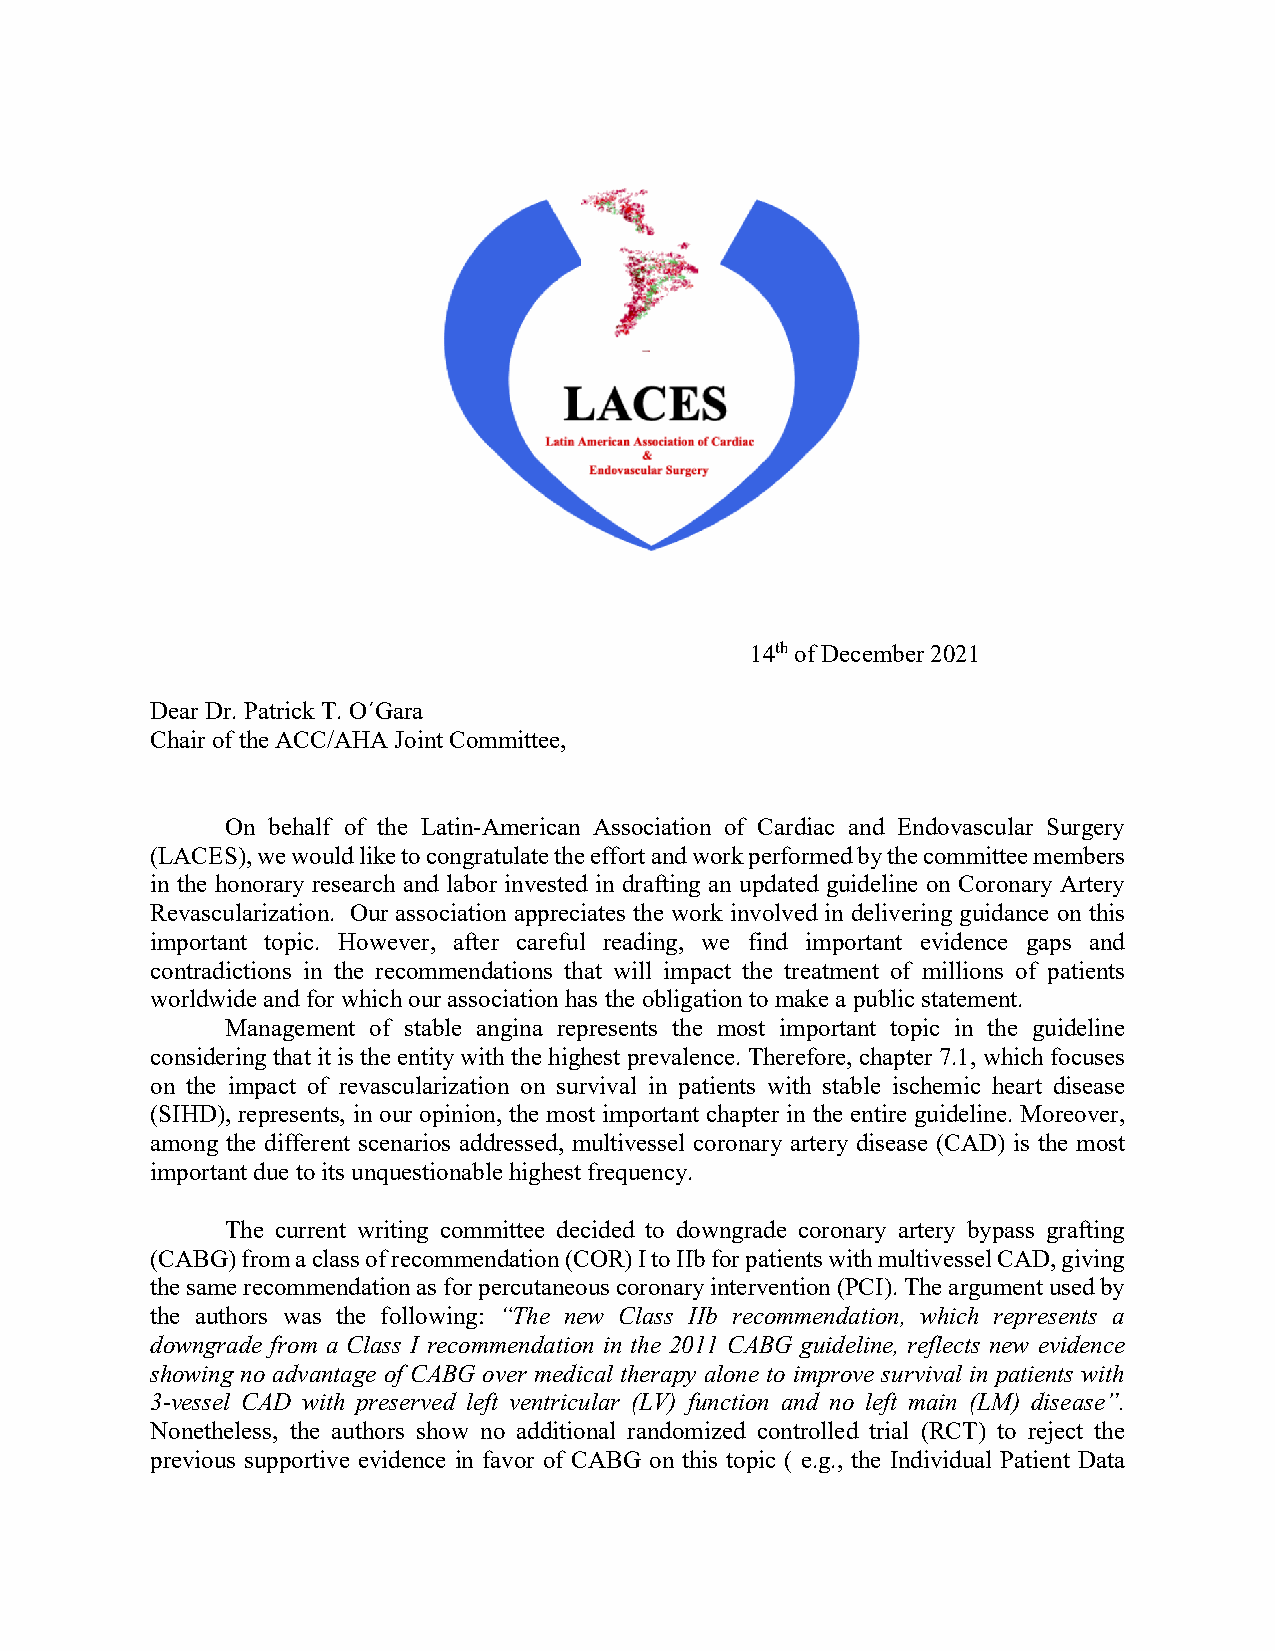
14th of December 2021
 Dear Dr. Patrick T. O´Gara
 Chair of the ACC/AHA Joint Committee,
 On behalf of the Latin-American Association of Cardiac and Endovascular Surgery
 (LACES), we would like to congratulate the effort and work performed by the committee members
 in the honorary research and labor invested in drafting an updated guideline on Coronary Artery
 Revascularization. Our association appreciates the work involved in delivering guidance on this
 important topic. However, after careful reading, we find important evidence gaps and
 contradictions in the recommendations that will impact the treatment of millions of patients
 worldwide and for which our association has the obligation to make a public statement.
 Management of stable angina represents the most important topic in the guideline
 considering that it is the entity with the highest prevalence. Therefore, chapter 7.1, which focuses
 on the impact of revascularization on survival in patients with stable ischemic heart disease
 (SIHD), represents, in our opinion, the most important chapter in the entire guideline. Moreover,
 among the different scenarios addressed, multivessel coronary artery disease (CAD) is the most
 important due to its unquestionable highest frequency.
 The current writing committee decided to downgrade coronary artery bypass grafting
 (CABG) from a class of recommendation (COR) I to IIb for patients with multivessel CAD, giving
 the same recommendation as for percutaneous coronary intervention (PCI). The argument used by
 the authors was the following: “The new Class IIb recommendation, which represents a
 downgrade from a Class I recommendation in the 2011 CABG guideline, reflects new evidence
 showing no advantage of CABG over medical therapy alone to improve survival in patients with
 3-vessel CAD with preserved left ventricular (LV) function and no left main (LM) disease”.
 Nonetheless, the authors show no additional randomized controlled trial (RCT) to reject the
 previous supportive evidence in favor of CABG on this topic ( e.g., the Individual Patient Data